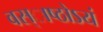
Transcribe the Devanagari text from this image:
वस्ाष्ठोऽयं